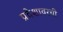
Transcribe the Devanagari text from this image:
प्रदेशावरची